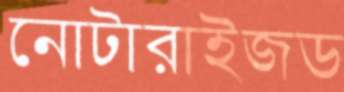
নোটারাইজড